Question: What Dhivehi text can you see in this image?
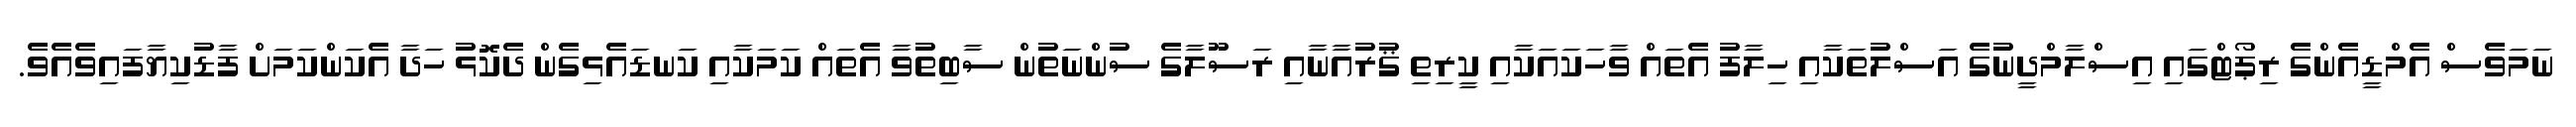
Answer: ނަމަވެސް އެމްޑީއެންގެ ރިޕޯޓްގައި އިސްލާމްދީނުގެ އަސްލުތަކާއި ހިލާފު އެތައް ވާހަކައަކާއި ކީރިތި ޤުރުއާނާއި ރަސޫލާގެ ސުންނަތުން ސާބިތުވާ އެތައް ކަމަކާއި ކަނޑައެޅިގެން ދެކޮޅު ހަދާ އެކަންކަމަށް ފާޑުކިޔާފައިވެއެވެ.